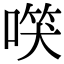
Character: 𠺑